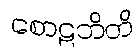
စောဠဘိတိ